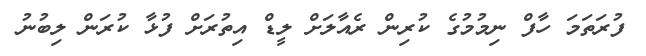
ފުރަތަމަ ހާފް ނިމުމުގެ ކުރިން ރެއާލަށް ލީޑް އިތުރަށް ފުޅާ ކުރަން ލިބުނު